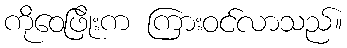
ကိုဝေဖြိုးက ကြားဝင်လာသည်။